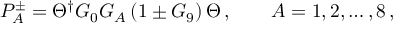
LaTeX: P _ { A } ^ { \pm } = \Theta ^ { \dagger } G _ { 0 } G _ { A } \left( 1 \pm G _ { 9 } \right) \Theta \, , \qquad A = 1 , 2 , \dots , 8 \, ,